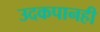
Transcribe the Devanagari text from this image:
उदकपानही